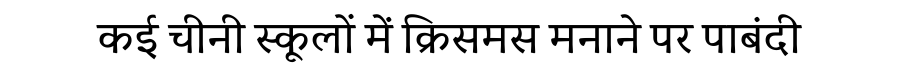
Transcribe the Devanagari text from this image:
कई चीनी स्कूलों में क्रिसमस मनाने पर पाबंदी